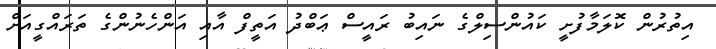
އިތުރުން ކޮލަމާފުށީ ކައުންސިލްގެ ނައިބު ރައީސް ޢަބްދު އަތީފް އާއި އަންހެނުންގެ ތަރައްގީއަށް